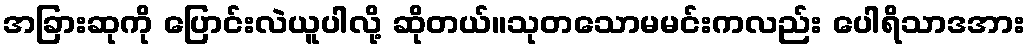
အခြားဆုကို ပြောင်းလဲယူပါလို့ ဆိုတယ်။သုတသောမမင်းကလည်း ပေါရိသာဒအား